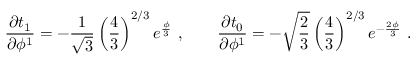
{ \frac { \partial t _ { 1 } } { \partial \phi ^ { 1 } } } = - { \frac { 1 } { \sqrt 3 } } \left( { \frac { 4 } { 3 } } \right) ^ { 2 / 3 } e ^ { { \frac { \phi } { 3 } } } \ , \qquad { \frac { \partial t _ { 0 } } { \partial \phi ^ { 1 } } } = - \sqrt { \frac { 2 } { 3 } } \left( { \frac { 4 } { 3 } } \right) ^ { 2 / 3 } e ^ { - { \frac { 2 \phi } { 3 } } } \ .